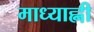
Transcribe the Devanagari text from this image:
माध्याह्नी